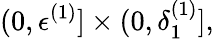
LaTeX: (0,\epsilon^{(1)}]\times(0,\delta_{1}^{(1)}],